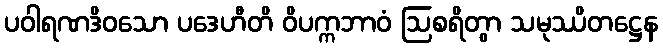
ပဝါရဏဒိဝသော ပဒေဟီတိ ဝိပက္ကဘာဝံ ဩစရိတွာ သမုဿိတဋ္ဌေန